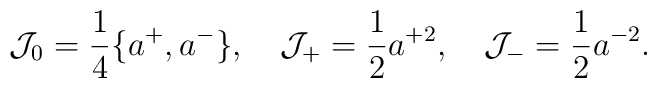
{\cal J}_0=\frac{1}{4}\{a^+,a^-\},\quad{\cal J}_+=\frac{1}{2}a^{+2},\quad{\cal J}_-=\frac{1}{2}a^{-2}.